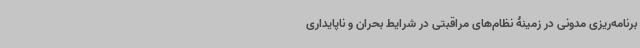
برنامه‌ریزی مدونی در زمینۀ نظام‌های مراقبتی در شرایط بحران و ناپایداری